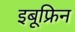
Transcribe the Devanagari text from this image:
इबूफ्रिन